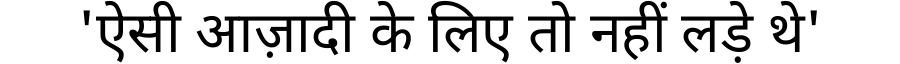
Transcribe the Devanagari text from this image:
'ऐसी आज़ादी के लिए तो नहीं लड़े थे'